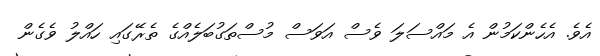
އެވެ. އެހެންކަމުން އެ މައްސަލަ ވެސް އަވަސް މުސްތަގުބަލެއްގެ ތެރޭގައި ހައްލު ވެގެން